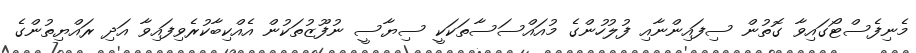
މެނިފެސްޓޯގައިވާ ގޮތުން ސިފައިންނާއި ފުލުހުންގެ މުއައްސަސާތަކަކީ ސިޔާސީ ނުފޫޒުތަކުން އެއްކިބާކުރެވިފައިވާ އަދި ރައްޔިތުންގެ